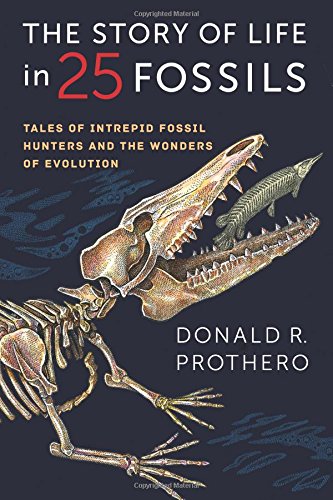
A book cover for The Story of Life in 25 Fossils: Tales of Intrepid Fossil Hunters and the Wonders of Evolution; Donald R. Prothero; Science & Math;